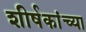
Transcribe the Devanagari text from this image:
शीर्षकांच्या